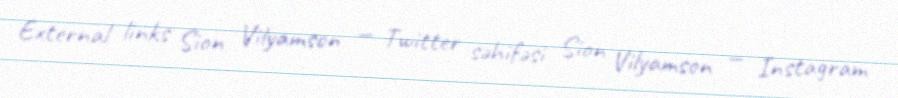
External links Sion Vilyamson — Twitter səhifəsi Sion Vilyamson — Instagram